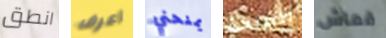
انطق أعرف يمنحني الأسلحة قماش